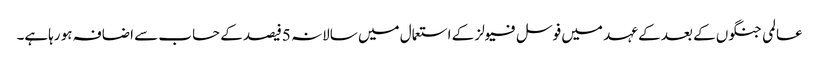
عالمی جنگوں کے بعد کے عہد میں فوسل فیولز کے استعمال میں سالانہ 5فیصد کے حساب سے اضافہ ہو رہاہے۔